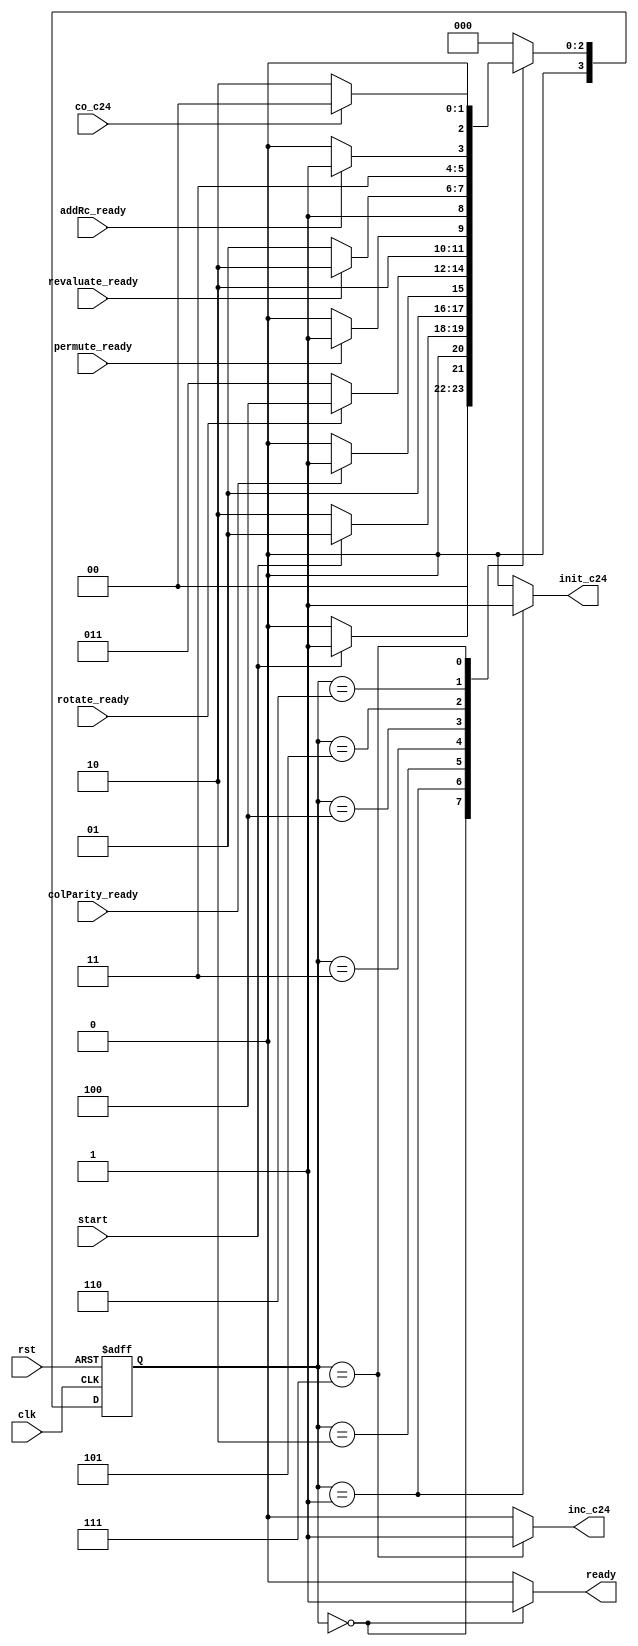
module top_level_controller(clk, rst, start, colParity_ready, rotate_ready, permute_ready, revaluate_ready,
 addRc_ready, co_c24, init_c24, inc_c24, ready);
  
    input clk;
    input rst;
    input start;
    input colParity_ready;
    input rotate_ready;
    input permute_ready;
    input revaluate_ready;
    input addRc_ready;
    input co_c24;
    output reg init_c24;
    output reg inc_c24;
    output reg ready;
					
    reg [3:0] ps, ns;
    parameter [3:0] 
     Idling = 0, Init = 1, colParity_turn = 2, rotate_turn = 3, permute_turn = 4, revaluate_turn = 5, addRc_turn = 6,  exit = 7;
    always@(ps, start, colParity_ready, rotate_ready, permute_ready, revaluate_ready, addRc_ready, co_c24) begin
        ns = Idling;
        {init_c24, inc_c24, ready} = 3'b0;
            case(ps)
                Idling: begin ns = (start) ? Init : Idling; ready = 1; end
                Init: begin ns = (~start) ? colParity_turn : Init; init_c24 = 1; end
                colParity_turn: begin ns = (~colParity_ready) ? colParity_turn : rotate_turn; end
                rotate_turn: begin ns = (~rotate_ready) ? rotate_turn : permute_turn; end
                permute_turn: begin ns = (~permute_ready) ? permute_turn : revaluate_turn; end
                revaluate_turn: begin ns = (~revaluate_ready) ? revaluate_turn : addRc_turn; end
                addRc_turn: begin ns = (~addRc_ready) ? addRc_turn : exit;  end
				//en_turn: begin ns = exit; inc_c24 = 1; end
                exit: begin ns = (~co_c24) ? colParity_turn : Idling; inc_c24 = 1; end // If top level doesn't work, try inc_c24 = 1; here.

                default: ns = Idling;
            endcase
    end

    always@(posedge clk, posedge rst) begin
        if (rst) ps <= Idling;
        else ps <= ns;
    end

endmodule